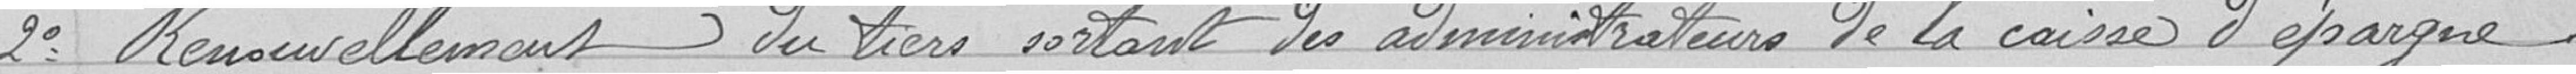
2° Renouvellement du tiers sortant des administrateurs de la caisse d'épargne.